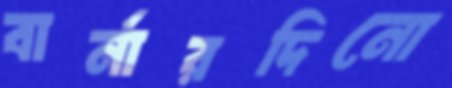
বার্নারদিনো